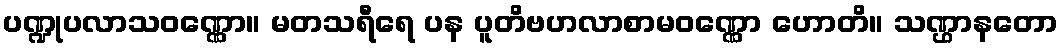
ပဏ္ဍုပလာသဝဏ္ဏော။ မတသရီရေ ပန ပူတိဗဟလာစာမဝဏ္ဏော ဟောတိ။ သဏ္ဌာနတော